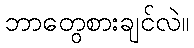
ဘာတွေစားချင်လဲ။